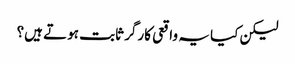
لیکن کیا یہ واقعی کارگر ثابت ہوتے ہیں؟